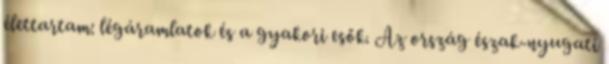
élettartam: légáramlatok és a gyakori esők. Az ország észak-nyugati